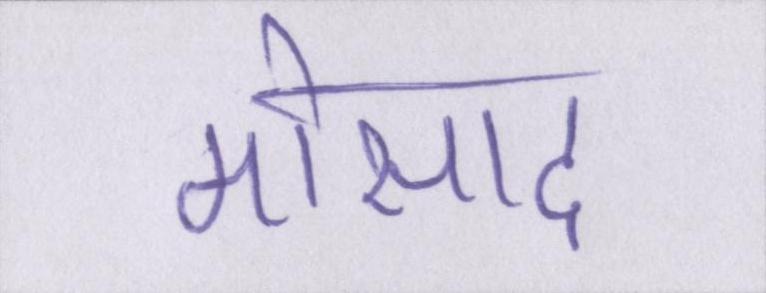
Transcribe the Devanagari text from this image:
मोसाद